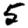
Digit: 5